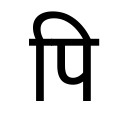
OCR:
पि